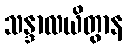
သန္ဒာလယိတွာန